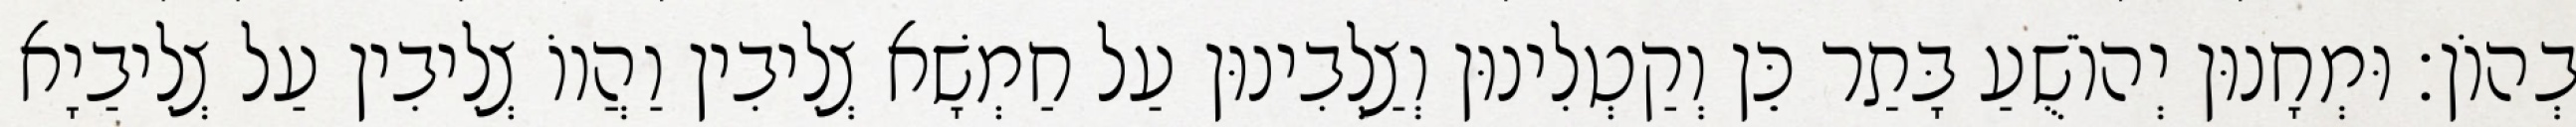
בְהוֹן׃ וּמְחָנוּן יְהוֹשֻׁעַ בָּתַר כֵּן וְקַטְלִינוּן וְצַלְבִינוּן עַל חַמְשָׁא צְלִיבִין וַהֲווֹ צְלִיבִין עַל צְלִיבַיָא